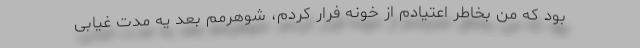
بود که من بخاطر اعتیادم از خونه فرار کردم، شوهرمم بعد یه مدت غیابی